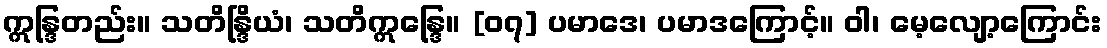
ဣန္ဒြတည်း။ သတိန္ဒြိယံ၊ သတိဣန္ဒြေ။ [၀၇] ပမာဒေ၊ ပမာဒကြောင့်။ ဝါ၊ မေ့လျော့ကြောင်း